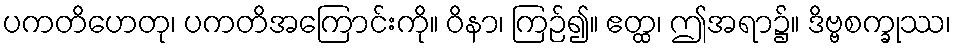
ပကတိဟေတု၊ ပကတိအကြောင်းကို။ ဝိနာ၊ ကြဉ်၍။ ဧတ္ထ၊ ဤအရာ၌။ ဒိဗ္ဗစက္ခုဿ၊